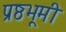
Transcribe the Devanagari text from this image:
प्रष्ठभूमी